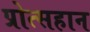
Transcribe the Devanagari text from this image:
प्रोत्सहान